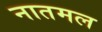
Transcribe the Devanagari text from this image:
नातमल